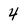
Character: 4